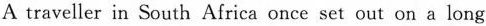
A traveller in South Africa once set out on a long